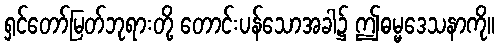
ရှင်တော်မြတ်ဘုရားတို့ တောင်းပန်သောအခါ၌ ဤဓမ္မဒေသနာကို။